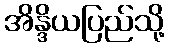
အိန္ဒိယပြည်သို့